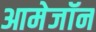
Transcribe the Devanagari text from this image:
आमेजॉन